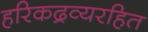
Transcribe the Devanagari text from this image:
हरिकद्रव्यरहित